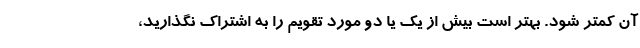
آن کمتر شود. بهتر است بیش از یک یا دو مورد تقویم را به اشتراک نگذارید،